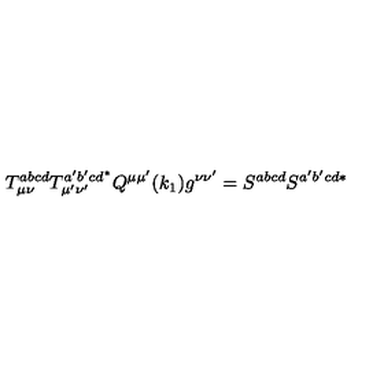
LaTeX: T _ { \mu \nu } ^ { a b c d } T _ { \mu ^ { \prime } \nu ^ { \prime } } ^ { a ^ { \prime } b ^ { \prime } c d ^ { * } } Q ^ { \mu \mu ^ { \prime } } ( k _ { 1 } ) g ^ { \nu \nu ^ { \prime } } = S ^ { a b c d } S ^ { a ^ { \prime } b ^ { \prime } c d * }